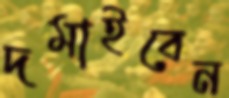
দমাইবেন